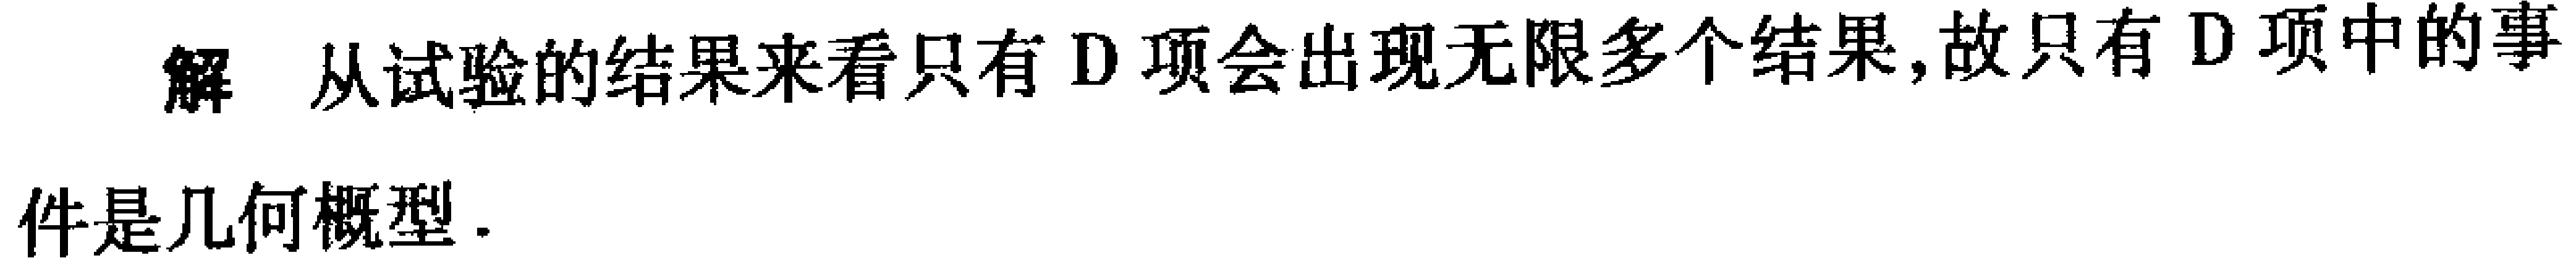
解 从试验的结果来看只有D项会出现无限多个结果,故只有D项中的事\\

件是几何概型.